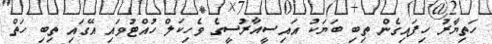
ހަތިޔާރު ހިފައިގެން ތިބި ބަޔަކު އައިސީއާރުސީގެ ވެހިކަލް ހުއްޓުވައި އޭގައި ތިބި ހަތް